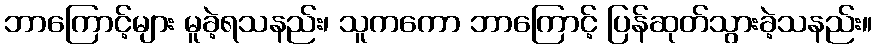
ဘာကြောင့်များ မူခဲ့ရသနည်း၊ သူကကော ဘာကြောင့် ပြန်ဆုတ်သွားခဲ့သနည်း။